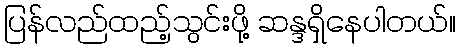
ပြန်လည်ထည့်သွင်းဖို့ ဆန္ဒရှိနေပါတယ်။